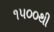
૧૫૦૦થી